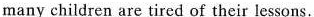
many children are tired of their lessons.